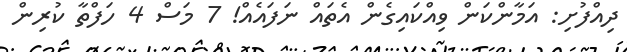
ދިއްފުށި: އަމާންކަން ވިއްކައިގެން އެތައް ނަފައެއް! 7 މަސް 4 ހަފްތާ ކުރިން